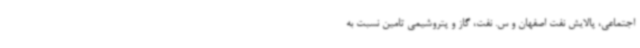
اجتماعی، پالایش نفت اصفهان و س. نفت، گاز و پتروشیمی تامین نسبت به